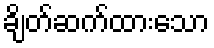
ချိတ်ဆက်ထားသော